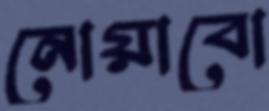
নোয়াবো